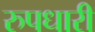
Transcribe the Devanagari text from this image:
रुपधारी